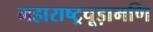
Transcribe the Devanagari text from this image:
महाराष्ट्रचूड़ामणि